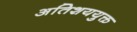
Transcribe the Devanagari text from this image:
अतिशययुक्त